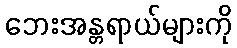
ဘေးအန္တရာယ်များကို